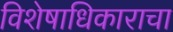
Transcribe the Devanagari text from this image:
विशेषाधिकाराचा